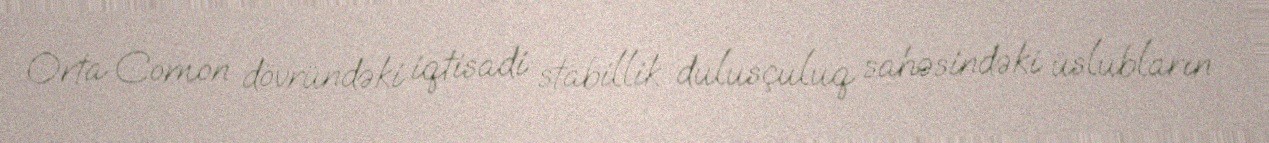
Orta Comon dövründəki iqtisadi stabillik dulusçuluq sahəsindəki üslubların